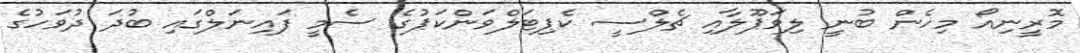
މޮރީނިއޯ މިހެން ބުނީ ލިވަޕޫލާއި ޗެލްސީ ކެޕިޓަލްވަންކަޕުގެ ސެމީ ފައިނަލްގައި ބުދަ ދުވަހުގެ